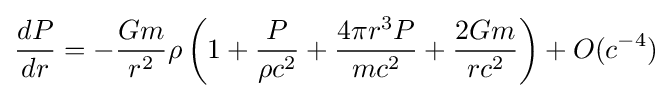
{\frac {dP}{dr}}=-{\frac {Gm}{r^{2}}}\rho \left(1+{\frac {P}{\rho c^{2}}}+{\frac {4\pi r^{3}P}{mc^{2}}}+{\frac {2Gm}{rc^{2}}}\right)+O(c^{-4})